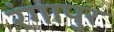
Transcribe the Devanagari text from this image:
रंगापुर